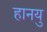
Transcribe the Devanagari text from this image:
हानयु